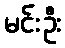
မင်းဦး